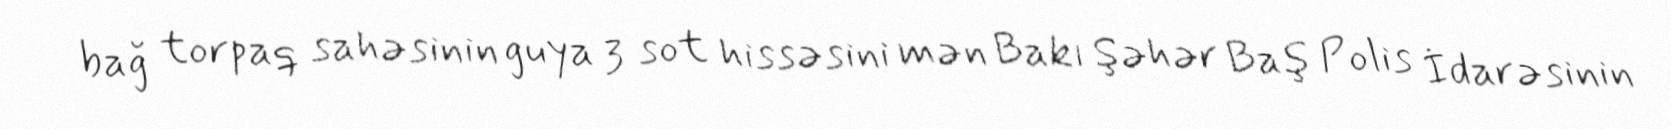
bağ torpaq sahəsinin guya 3 sot hissəsini mən Bakı Şəhər Baş Polis İdarəsinin